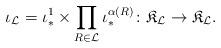
LaTeX: \begin{align*} \iota_{\mathcal{L}} = \iota^1_{*} \times \prod_{R \in \mathcal{L}} \iota^{\alpha(R)}_{*} \colon \mathfrak{K}_{\mathcal{L}} \to \mathfrak{K}_{\mathcal{L}}. \end{align*}